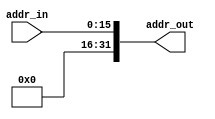
module ZeroExt(addr_in,addr_out);
input [15:0] addr_in;
output [31:0] addr_out;

assign addr_out = {16'b0,addr_in};

endmodule